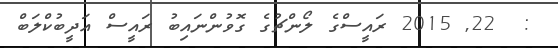
:  22